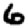
Digit: 6